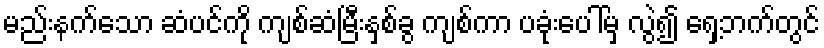
မည်းနက်သော ဆံပင်ကို ကျစ်ဆံမြီးနှစ်ခွ ကျစ်ကာ ပခုံးပေါ်မှ လွဲ၍ ရှေ့ဘက်တွင်